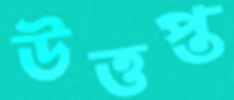
উত্তপ্ত